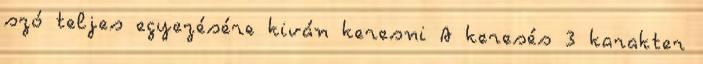
szó teljes egyezésére kiván keresni A keresés 3 karakter